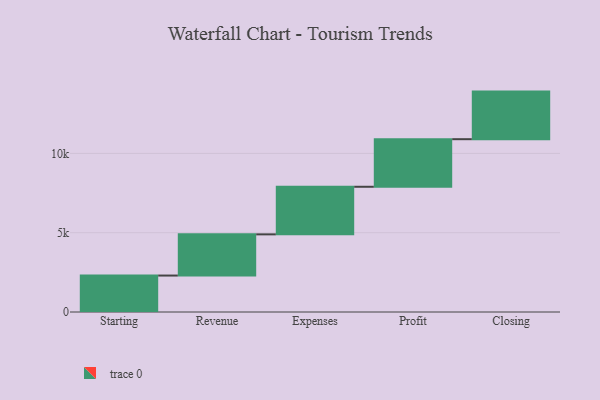
{"axis": {"x": "Step", "y": "Value"}, "legend": [""], "data": [{"x": "Starting", "y": 2298.0, "type": ""}, {"x": "Revenue", "y": 2597.0, "type": ""}, {"x": "Expenses", "y": 3000, "type": ""}, {"x": "Profit", "y": 3000, "type": ""}, {"x": "Closing", "y": 3000, "type": ""}]}